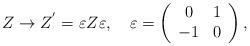
LaTeX: \begin{align*}Z\rightarrow Z^{'}=\varepsilon Z \varepsilon,\quad\varepsilon=\left(\begin{array}{crc}0&1\\-1&0\\\end{array}\right),\end{align*}